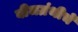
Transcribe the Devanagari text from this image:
बीजग्रंथीचे